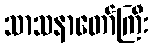
သာသနာတော်ကြီး